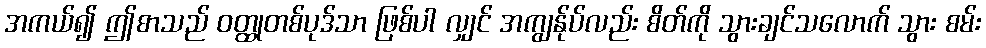
အကယ်၍ ဤစာသည် ဝတ္ထုတစ်ပုဒ်သာ ဖြစ်ပါ လျှင် အကျွန်ုပ်လည်း စိတ်ကို သွားချင်သလောက် သွား စမ်း